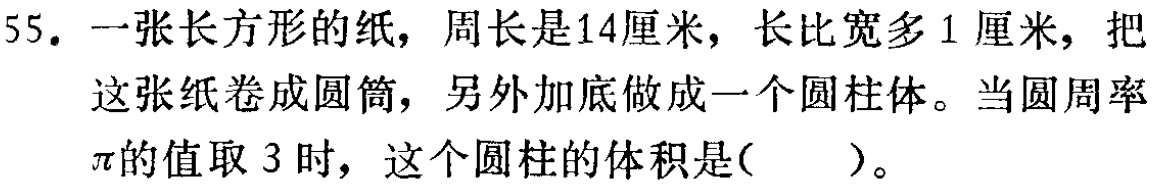
55. 一张长方形的纸，周长是14厘米，长比宽多1厘米，把这张纸卷成圆筒，另外加底做成一个圆柱体。当圆周率$\pi$的值取3时，这个圆柱的体积是( )。